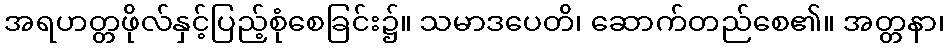
အရဟတ္တဖိုလ်နှင့်ပြည့်စုံစေခြင်း၌။ သမာဒပေတိ၊ ဆောက်တည်စေ၏။ အတ္တနာ၊